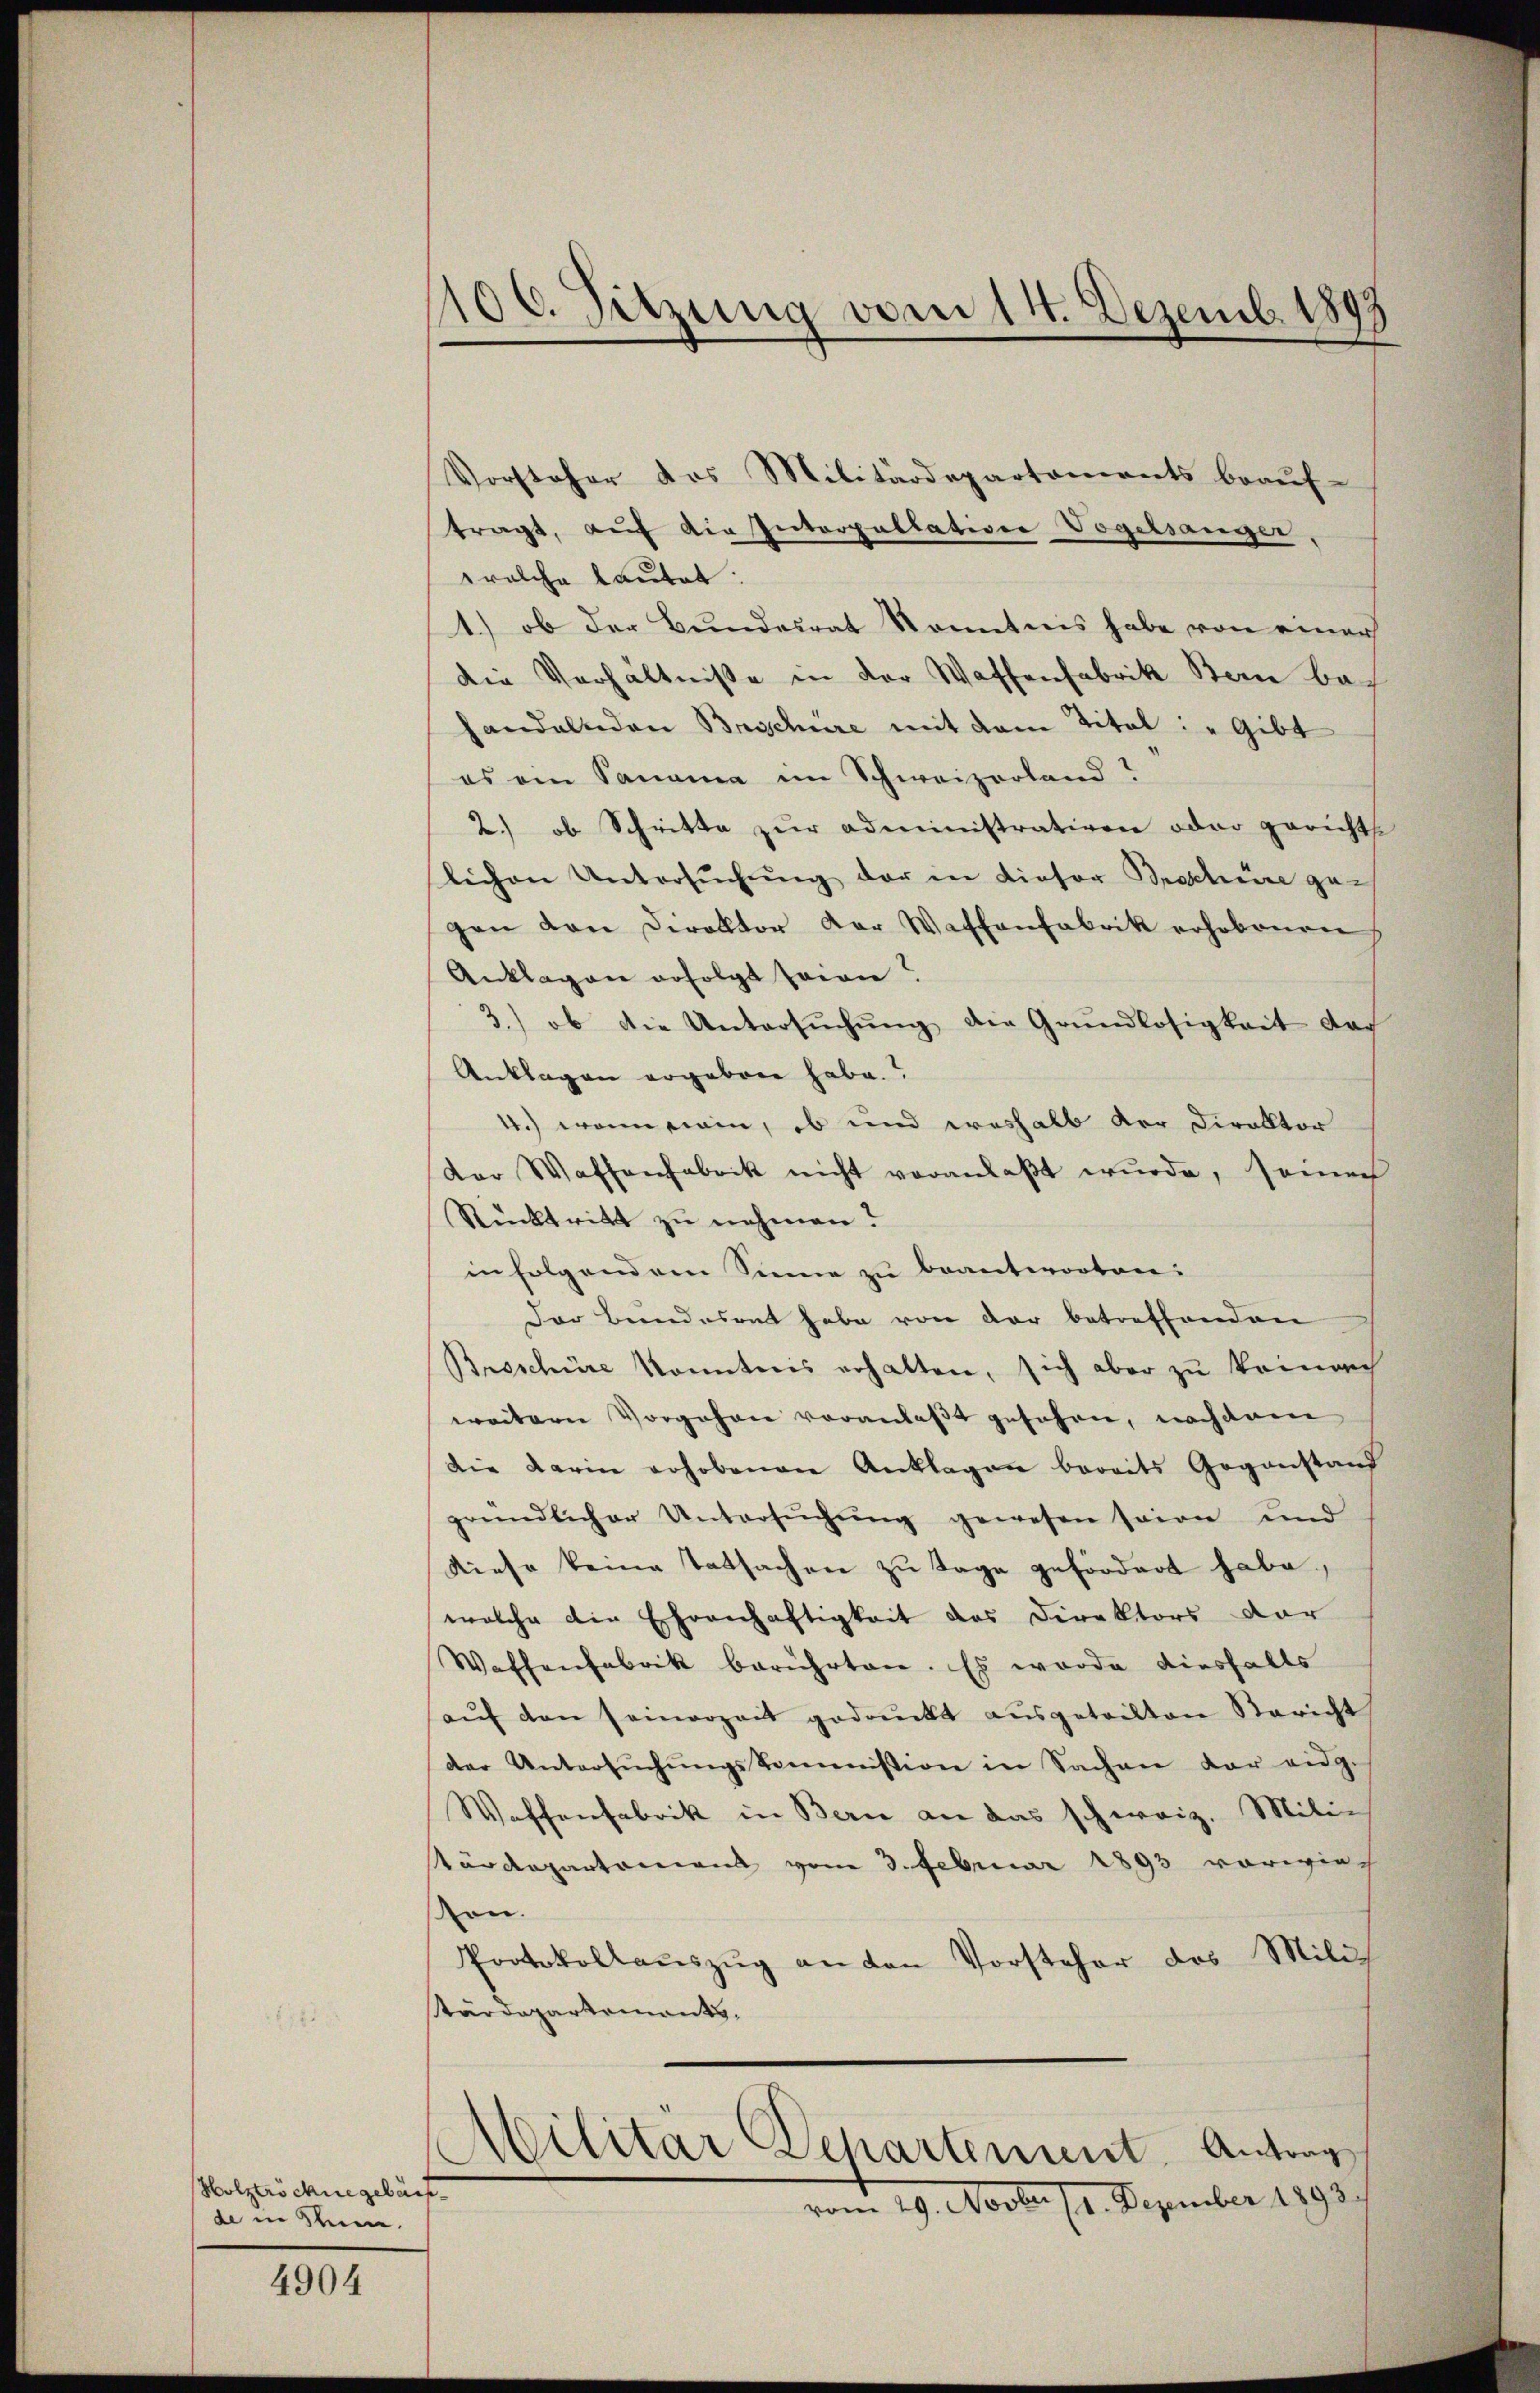
Holztröchungebärf
de in Stein.

4904

1106. Sitzung vom 14. Dezemb. 1893

Vorsteher das Militärdepartaments beaŭf-
tragt, auf die Interpallative Vogelsanger,
welche lautet:
1.) ob der Bundesrat Kenntnis habe von einer
die Verhältniße in der Waffenfabrik Bern bac
handelnden Broschüre mit dem Titel: „Gibt
es ein Panama im Schweizerland?
2.) ob Schritte zŭr administrativen oder gerichts
lichen Untersŭchŭng der in Kiesor Broschüre ge-
gen den Direktor der Wachenfabrik erhobenen
Anklagen erfolgt seinen?
3.) ob die Untersŭchŭng die Grundlosigkeit das
Anklagen ergeben habe.
4.) wenn sein, ob und weshalb der Direktor
dor Waffenfabrik nicht veranlaβt wŭrde, seiner
Rücktritt zu nehmen?
in folgenden Sinne zu beantworten:
Der Bundesrat habe von der betreffenden
Broschüre konntnis erhalten, sich aber zu einach
weitern Vorgehen veranlaßt gesehen, nachdem
die darin erhobenen Anklagen bereits Gegenstand
gründlicher Untersŭchŭng gewesen seien und
diese keine Tatsachen zu Tage gefördert habe,
welche die Ehrenhaftigkeit des Direktors dor
Waffenfabrik berührten. Es wurde diesfalls
aŭf den seinerzeit gedruckt aŭsgetretten Bericht
der Untersŭchŭngskommnission in Sachen der eidg.
Waffenfabrik in Bern an das schweiz. Mili-
tärdepartement vom 3. Februar 1893 vorwieon.
Protokollauszug an den Vorsteher des Milich
Wärdepartements.
Militär Departement. Antrag
vom 19. Novber 11. Dezember 1893.